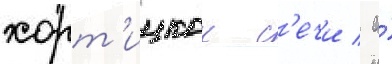
хорт'ицкои с'ечи / а́